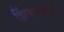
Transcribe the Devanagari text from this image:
झिंबाब्वेने